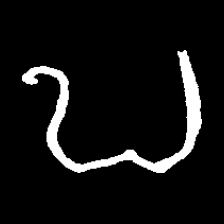
Pyu character \u2014 Myanmar letter: ဎ (romanized: ddha)